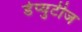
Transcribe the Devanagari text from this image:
डेप्युटीज